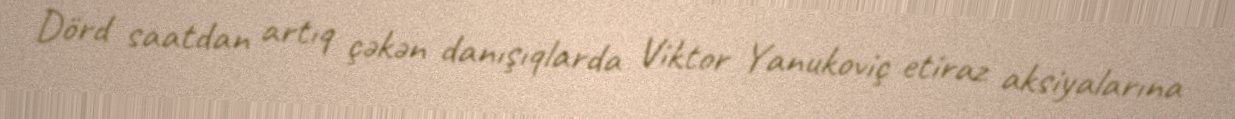
Dörd saatdan artıq çəkən danışıqlarda Viktor Yanukoviç etiraz aksiyalarına